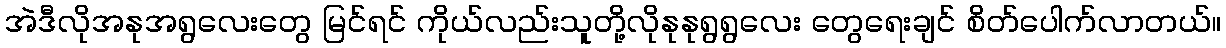
အဲဒီလိုအနုအရွလေးတွေ မြင်ရင် ကိုယ်လည်းသူတို့လိုနုနုရွရွလေး တွေရေးချင် စိတ်ပေါက်လာတယ်။